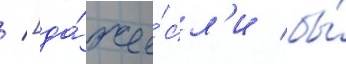
/ [да́же е́сл'и бы́